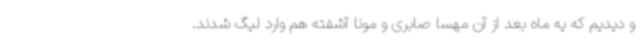
و دیدیم که یه ماه بعد از آن مهسا صابری و مونا آشفته هم وارد لیگ شدند.